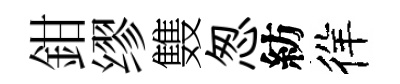
鉗缪䨇怱紡徉